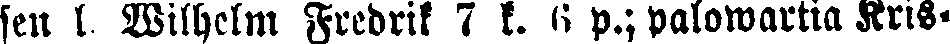
sen l Wilhelm Fredrik 7 k. 6 p.;palowartia Kris-